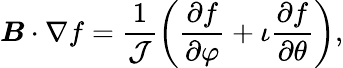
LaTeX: \boldsymbol{B}\cdot\nabla f=\frac{1}{\mathcal{J}}\left(\frac{\partial f}{\partial\varphi}+\iota\frac{\partial f}{\partial\theta}\right),